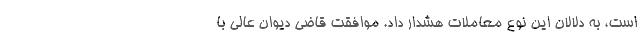
است، به دلالان این نوع معاملات هشدار داد. موافقت قاضی دیوان عالی با